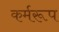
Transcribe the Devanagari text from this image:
कर्मरूप